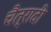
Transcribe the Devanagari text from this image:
चैत्रादी